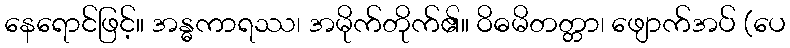
နေရောင်ဖြင့်။ အန္ဓကာရဿ၊ အမိုက်တိုက်၏။ ဝိဓမိတတ္တာ၊ ဖျောက်အပ် (ပေ